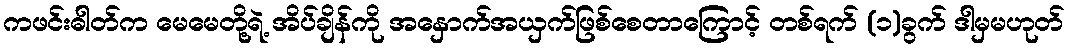
ကဖင်းဓါတ်က မေမေတို့ရဲ့ အိပ်ချိန်ကို အနှောက်အယှက်ဖြစ်စေတာကြောင့် တစ်ရက် (၁)ခွက် ဒါမှမဟုတ်